Riigikantselei, lk 35
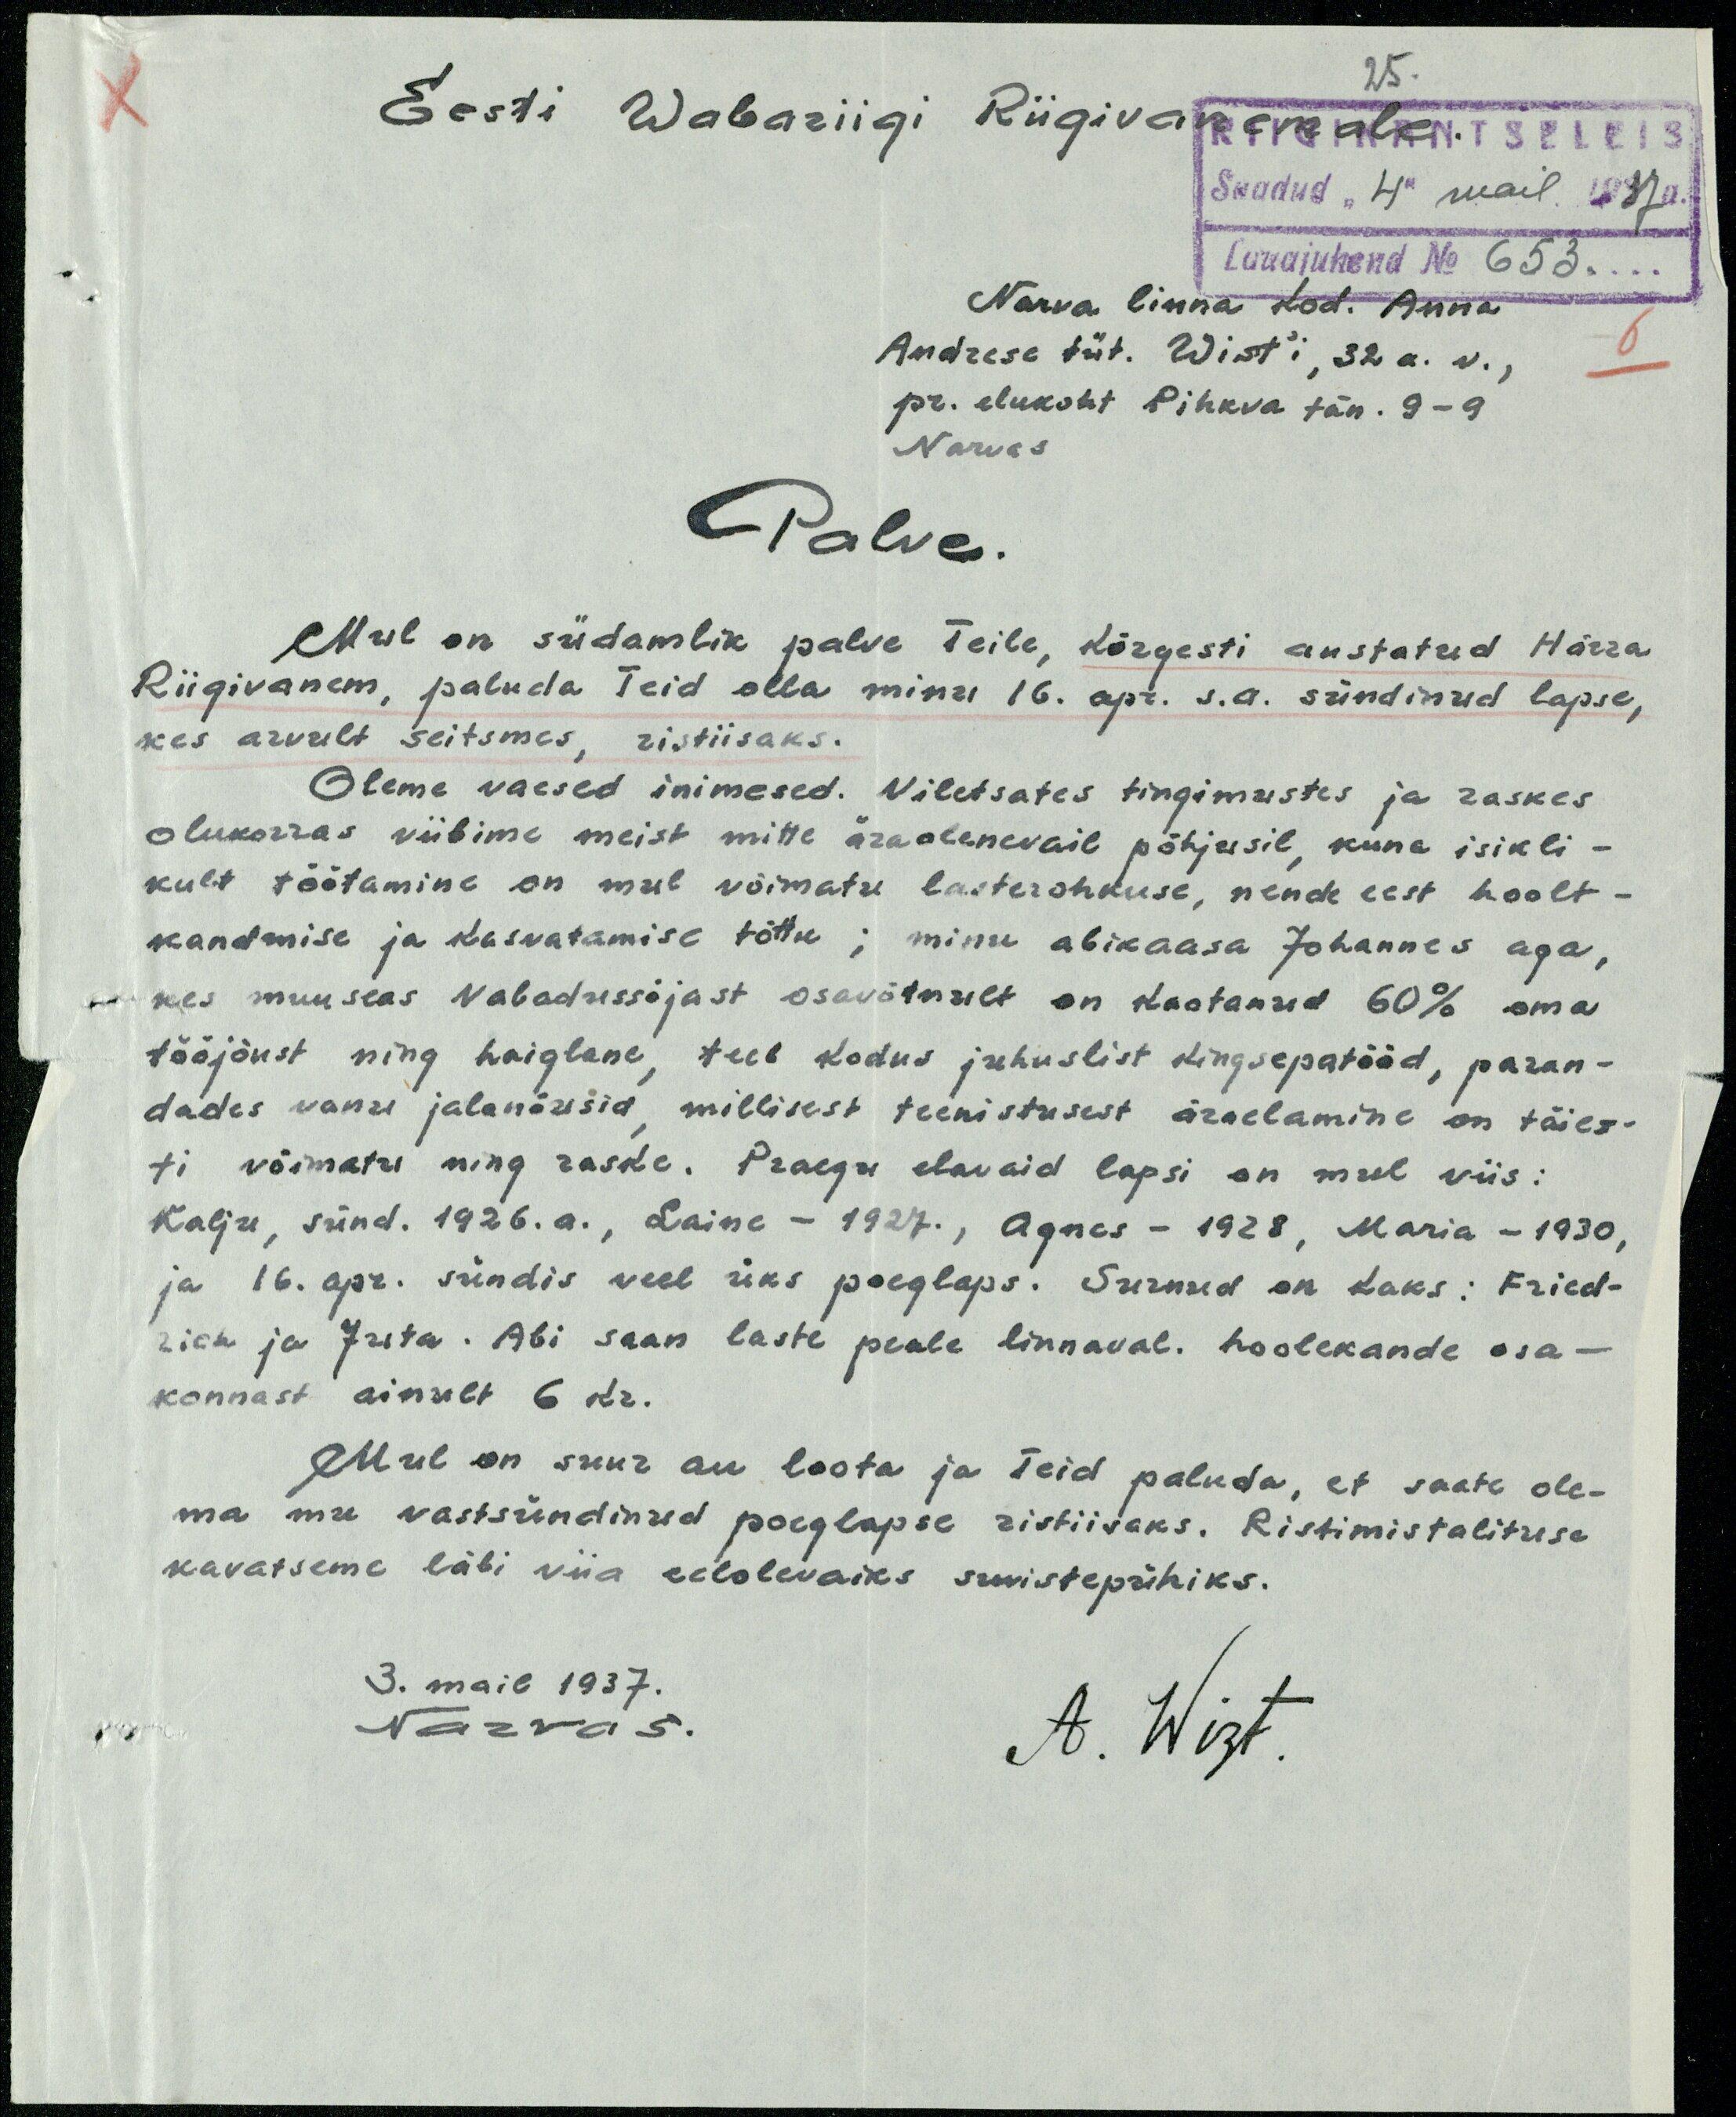
Eesti Wabariigi Riigivanemale
Saadud "4" mail 1937 a.
Narva linna kod. Anna
Lauajuhend No 653.
Andrese tüt. Wist'i, 32 a. v.,
pr. elukoht Pihkva tän. 9-9
Narvas
Palve
Mul on südamlik palve Teile, Kõrgesti austatud Härra
Riigivanem, paluda Teid olla minu 16. apr. s.a. sündinud lapse,
kes arvult seitsmes, ristiisaks.
Oleme vaesed inimesed. Viletsates tingimustes ja raskes
olukorras viibime meist mitte äraolenevail põhjusil, kuna isikli-
kult töötamine on mul võimatu lasterohkuse, nende eest hoolt-
kandmise ja kasvatamise tõttu; minu abikaasa Johannes aga,
kes muuseas Vabadussõjast osavõtnult on kaotanud 60% oma
tööjõust ning haiglane, teeb kodus juhuslist kingsepatööd, paran-
dades vanu jalanõusid, millisest teenistusest äraelamine on täies-
ti võimatu ning raske. Praegu elavaid lapsi on mul viis:
Kalju, sünd.1926.a., Laine - 1927., Agnes - 1928, Maria - 1930,
ja 16. apr. sündis veel üks poeglaps. Surnud on kaks: Fried-
rich ja Juta. Abi saan laste peale linnaval. hoolekande osa-
konnast ainult 6 kr.
Mul on suur au loota ja Teid paluda, et saate ole-
ma mu vastsündinud poeglapse ristiisaks. Ristimistalituse
kavatsime läbi viia eelolevaiks suvistepühiks.
3. mail 1937.
Narvas.
A. Wizt.